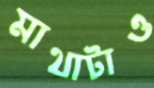
মাথাটাও